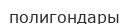
полигондары